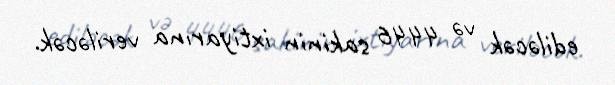
ediləcək və 4446 sakinin ixtiyarına veriləcək.